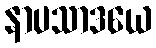
နာပသာဒယေ